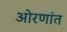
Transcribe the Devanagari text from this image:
ओरणांत